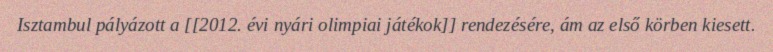
Isztambul pályázott a [[2012. évi nyári olimpiai játékok]] rendezésére, ám az első körben kiesett.